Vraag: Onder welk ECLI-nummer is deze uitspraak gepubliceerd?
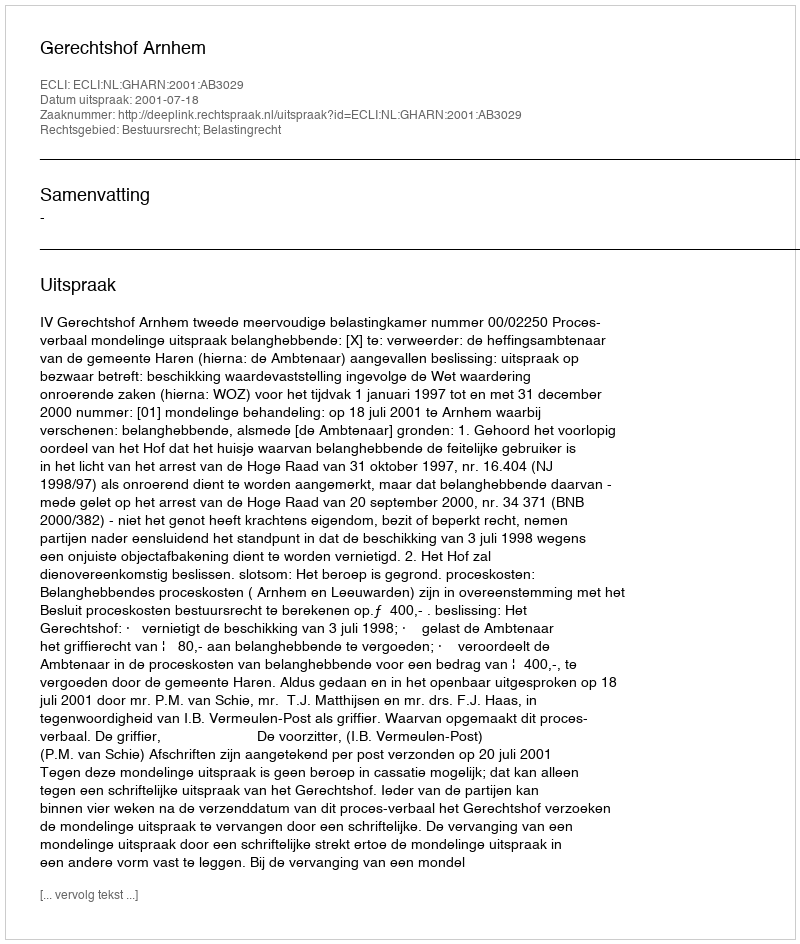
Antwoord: ECLI:NL:GHARN:2001:AB3029